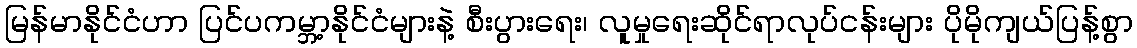
မြန်မာနိုင်ငံဟာ ပြင်ပကမ္ဘာ့နိုင်ငံများနဲ့ စီးပွားရေး၊ လူမှုရေးဆိုင်ရာလုပ်ငန်းများ ပိုမိုကျယ်ပြန့်စွာ